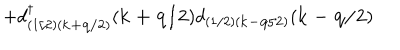
+ d _ { ( 1 / 2 ) ( { \bf { k + q / 2 } } ) } ^ { \dagger } ( { \bf { k + q / 2 } } ) d _ { ( 1 / 2 ) ( { \bf { k - q / 2 } } ) } ( { \bf { k - q / 2 } } )